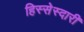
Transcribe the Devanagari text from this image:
हिस्सेस्दारी